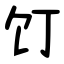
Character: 饤